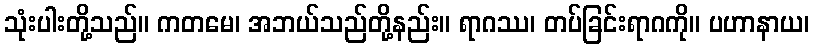
သုံးပါးတို့သည်။ ကတမေ၊ အဘယ်သည်တို့နည်း။ ရာဂဿ၊ တပ်ခြင်းရာဂကို။ ပဟာနာယ၊